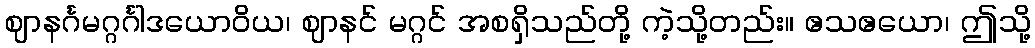
ဈာနင်္ဂမဂ္ဂင်္ဂါဒယောဝိယ၊ ဈာနင် မဂ္ဂင် အစရှိသည်တို့ ကဲ့သို့တည်း။ ဧသဧယော၊ ဤသို့